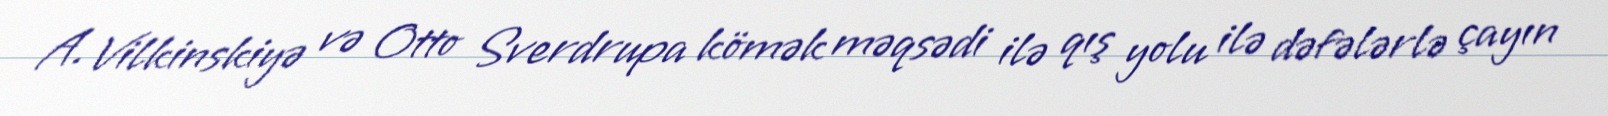
A. Vilkinskiyə və Otto Sverdrupa kömək məqsədi ilə qış yolu ilə dəfələrlə çayın